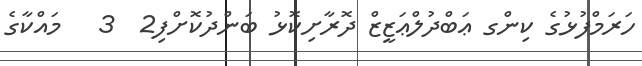
ހަރަމްފުޅުގެ ކިންގ ޢަބްދުލްޢަޒީޒް ދޮރާށިކޮޅު ބަންދުކޮށްފި2  3   މައްކާގެ